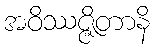
အဝိဿဇ္ဇိတာနိ